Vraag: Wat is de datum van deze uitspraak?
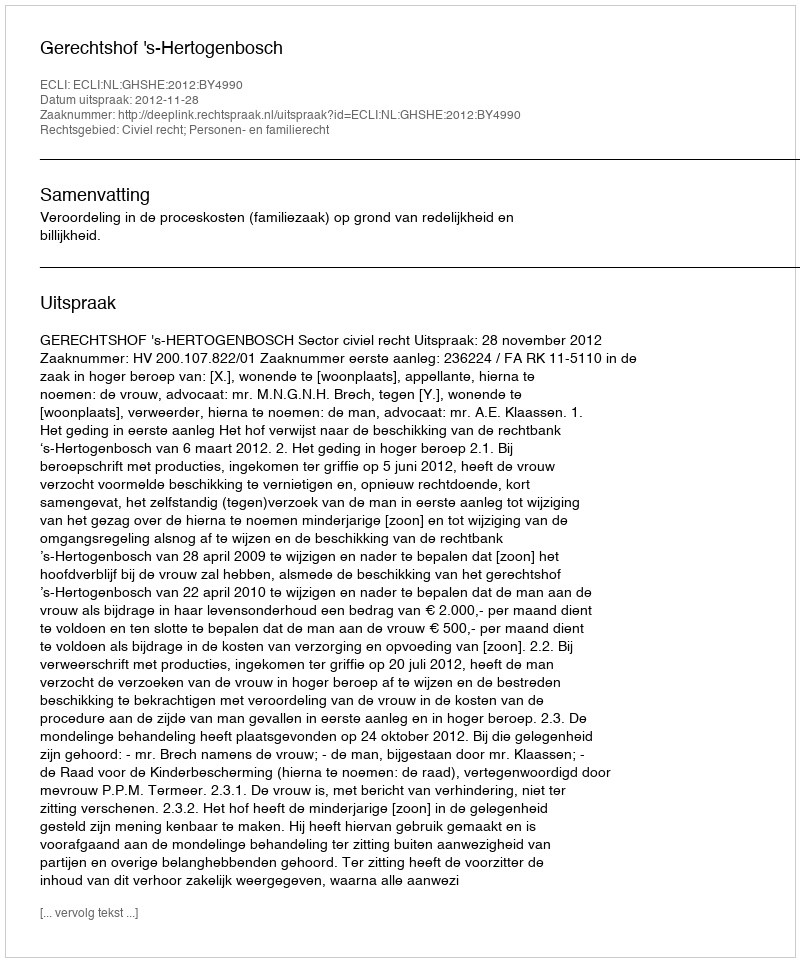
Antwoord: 2012-11-28